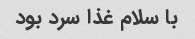
با سلام غذا سرد بود